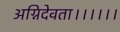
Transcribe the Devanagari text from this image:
अग्निदेवता।।।।।।